Source: Handwritten
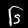
Digit: ၆ (6)